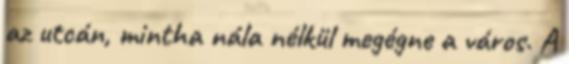
az utcán, mintha nála nélkül megégne a város. A